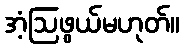
အံ့ဩဖွယ်မဟုတ်။